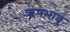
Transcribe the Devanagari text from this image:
ऋषभाद्